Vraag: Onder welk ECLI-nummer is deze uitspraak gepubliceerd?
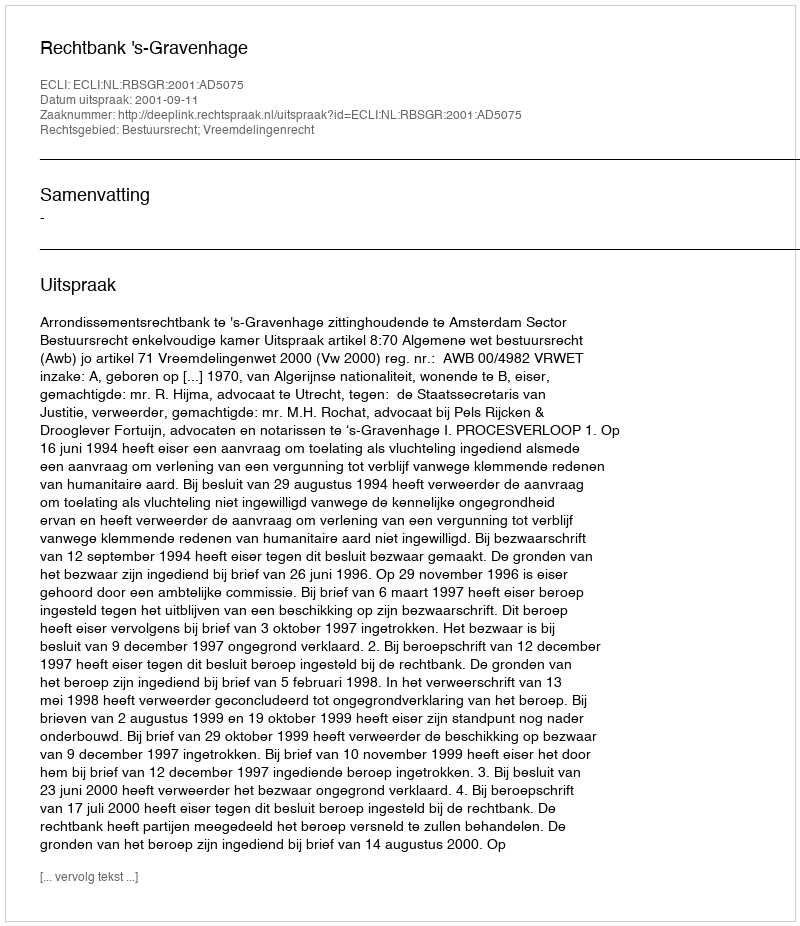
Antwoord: ECLI:NL:RBSGR:2001:AD5075